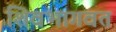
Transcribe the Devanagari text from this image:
शिवभागवत